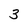
Character: 3